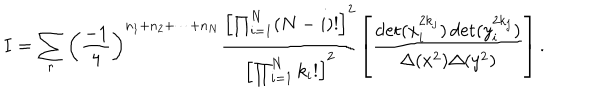
I = \sum _ { r } \left( \frac { - 1 } { 4 } \right) ^ { n _ { 1 } + n _ { 2 } + \cdots + n _ { N } } \frac { \left[ \prod _ { i = 1 } ^ { N } ( N - i ) ! \right] ^ { 2 } } { \left[ \prod _ { i = 1 } ^ { N } k _ { i } ! \right] ^ { 2 } } \left[ \frac { \det ( x _ { i } ^ { 2 k _ { j } } ) \det ( y _ { i } ^ { 2 k _ { j } } ) } { \Delta ( x ^ { 2 } ) \Delta ( y ^ { 2 } ) } \right] .